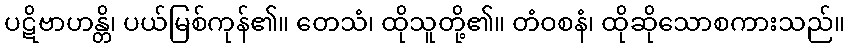
ပဋိဗာဟန္တိ၊ ပယ်မြစ်ကုန်၏။ တေသံ၊ ထိုသူတို့၏။ တံဝစနံ၊ ထိုဆိုသောစကားသည်။